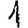
Digit: 1